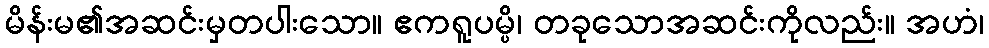
မိန်းမ၏အဆင်းမှတပါးသော။ ဧကရူပမ္ပိ၊ တခုသောအဆင်းကိုလည်း။ အဟံ၊